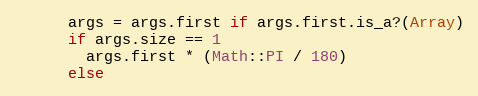
Language: Ruby
      args = args.first if args.first.is_a?(Array)
      if args.size == 1
        args.first * (Math::PI / 180)
      else